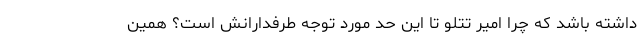
داشته باشد که چرا امیر تتلو تا این حد مورد توجه طرفدارانش است؟ همین